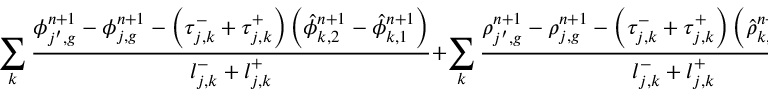
\sum _ { k } \frac { \phi _ { j ^ { \prime } , g } ^ { n + 1 } - \phi _ { j , g } ^ { n + 1 } - \left( \tau _ { j , k } ^ { - } + \tau _ { j , k } ^ { + } \right) \left( \hat { \phi } _ { k , 2 } ^ { n + 1 } - \hat { \phi } _ { k , 1 } ^ { n + 1 } \right) } { l _ { j , k } ^ { - } + l _ { j , k } ^ { + } } + \sum _ { k } \frac { \rho _ { j ^ { \prime } , g } ^ { n + 1 } - \rho _ { j , g } ^ { n + 1 } - \left( \tau _ { j , k } ^ { - } + \tau _ { j , k } ^ { + } \right) \left( \hat { \rho } _ { k , 2 } ^ { n + 1 } - \hat { \rho } _ { k , 1 } ^ { n + 1 } \right) } { l _ { j , k } ^ { - } + l _ { j , k } ^ { + } } = 0